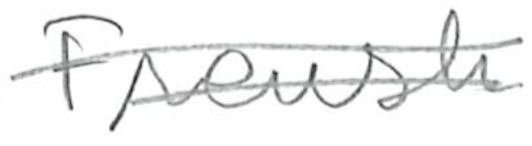
Text: French
Cross-out: double-line
Writing tool: pencil